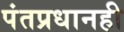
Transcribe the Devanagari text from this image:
पंतप्रधानही